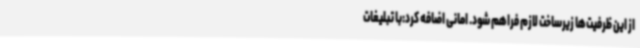
از این ظرفیت‌ها زیرساخت لازم فراهم شود. امانی اضافه کرد:با تبلیغات